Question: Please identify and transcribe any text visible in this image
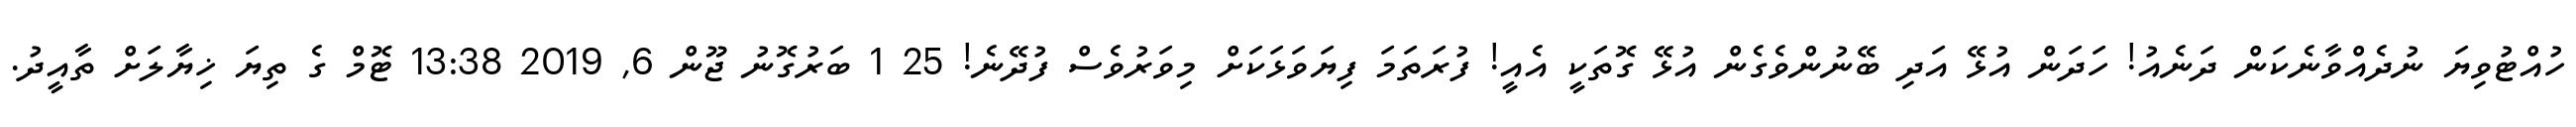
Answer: ހުއްޓުވިޔަ ނުދެއްވާނެކަން ދަނެއު! ހަދަން އުޅޭ އަދި ބޭނުންވެގެން އުޅޭ ގޮތަކީ އެއީ! ފުރަތަމަ ފިޔަވަޅަކަށް މިވަރުވެސް ފުދޭނެ! 25 1 ބަރުގޮނު ޖޫން 6, 2019 13:38 ޓޮމް ގެ ތިޔަ ޚިޔާލަށް ތާއީދު.